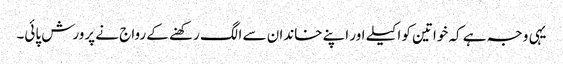
یہی وجہ ہے کہ خواتین کو اکیلے اور اپنے خاندان سے الگ رکھنے کے رواج نے پرورش پائی۔